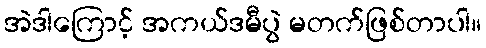
အဲဒါကြောင့် အကယ်ဒမီပွဲ မတက်ဖြစ်တာပါ။